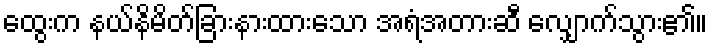
ထွေးက နယ်နိမိတ်ခြားနားထားသော အရံအတားဆီ လျှောက်သွား၏။